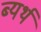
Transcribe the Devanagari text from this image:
ब्यर्थ